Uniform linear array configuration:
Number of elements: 16
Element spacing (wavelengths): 0.75
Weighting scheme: hamming
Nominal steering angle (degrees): -60
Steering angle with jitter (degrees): -59.727
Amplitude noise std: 0.05
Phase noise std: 0.05

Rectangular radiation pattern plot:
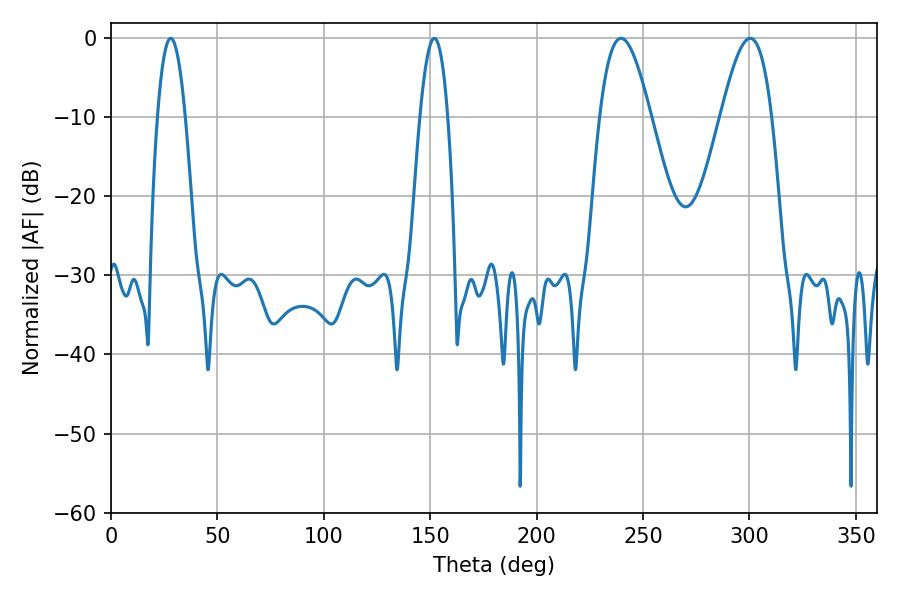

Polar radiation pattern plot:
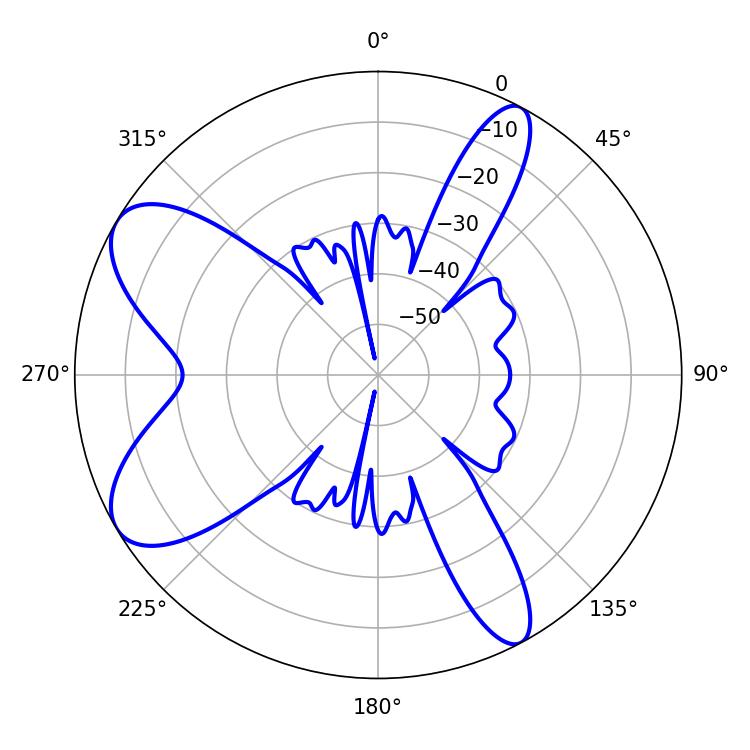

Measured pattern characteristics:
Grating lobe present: TRUE
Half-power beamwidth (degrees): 7.2
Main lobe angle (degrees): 28.08